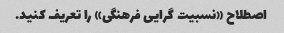
اصطلاح «نسبیت گرایی فرهنگی» را تعریف کنید.